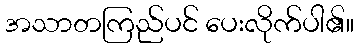
အသာတကြည်ပင် ပေးလိုက်ပါ၏။